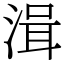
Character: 湒